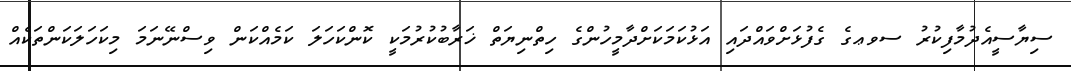
ސިޔާސީއެދުމާފިކުރު ސވޢގެ ގެފުޅަށްވައްދައި އަޅުކަމަކަށްދާމީހުންގެ ހިތްނިޔަތް ޚަރާބުކުރުމަކީ ކޮންކަހަލަ ކަމެއްކަން ވިސްނޭނަމަ މިކަހަލަކަންތަކެއް